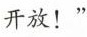
开放！”